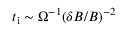
t _ { \mathrm { i } } \sim \Omega _ { \mathrm { } } ^ { - 1 } ( \delta B / B ) ^ { - 2 }